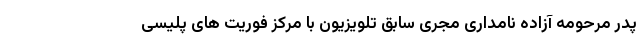
پدر مرحومه آزاده نامداری مجری سابق تلویزیون با مرکز فوریت های پلیسی